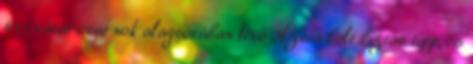
téri vásárcsarnok alagsorában lévő Ázsia bolt biztos tipp, és